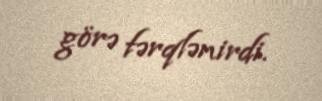
görə fərqlənirdi.